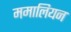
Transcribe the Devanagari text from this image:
ममालियन